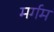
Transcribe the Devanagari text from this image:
मर्गम